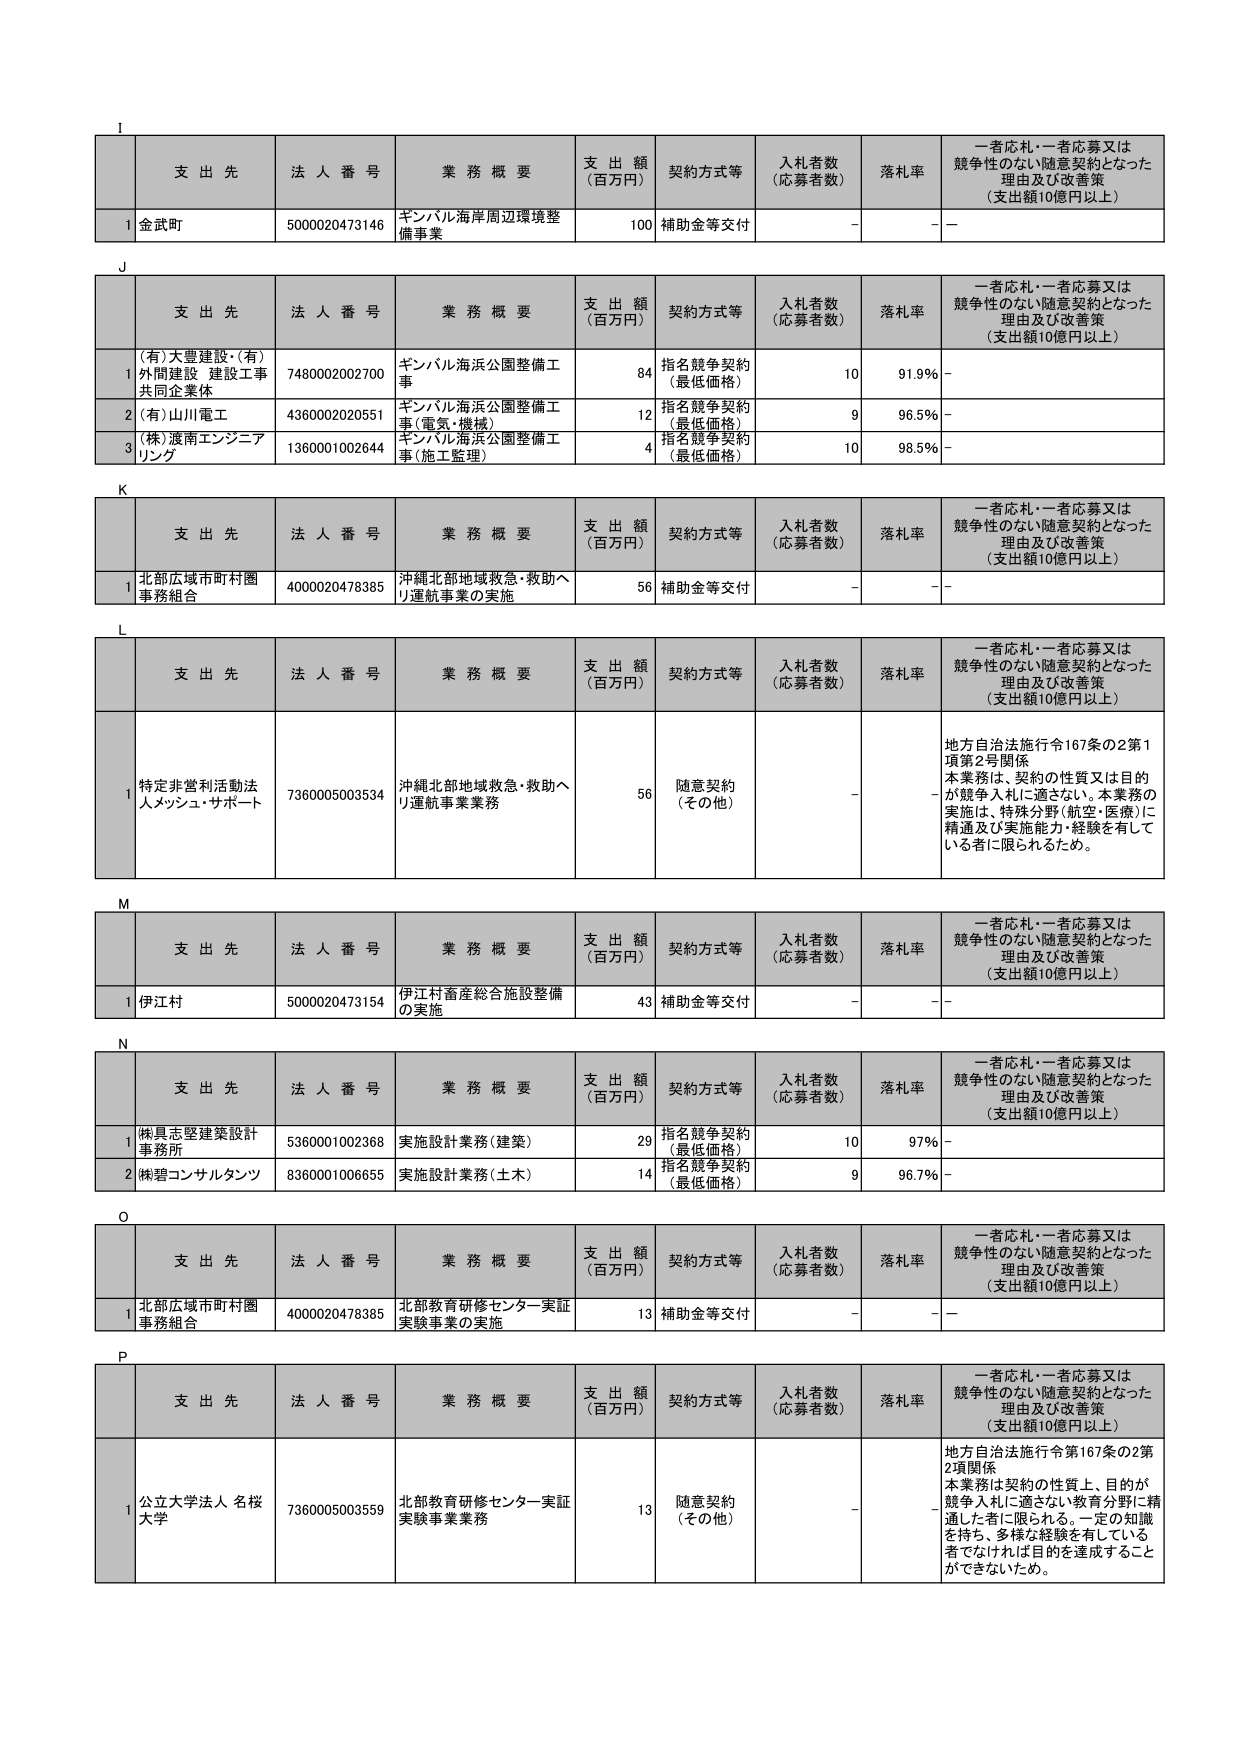
1
支 出 先
法 人 番 号
業 務 概 要
支 出 額
（百万円）
契約方式等
入札者数
（応募者数）
落札率
一者応札・一者応募又は
競争性のない随意契約となった
理由及び改善策
（支出額10億円以上）
1
金武町
5000020473146
ギンバル海岸周辺環境整
備事業
100
補助金等交付
－
－
J
支 出 先
法 人 番 号
業 務 概 要
支 出 額
（百万円）
契約方式等
入札者数
（応募者数）
落札率
一者応札・一者応募又は
競争性のない随意契約となった
理由及び改善策
（支出額10億円以上）
1
(有)大豊建設・(有)
外間建設 建設工事
共同企業体
7480002002700
ギンバル海浜公園整備工
事
84
指名競争契約
（最低価格）
10
91.9％
－
2
(有)山川電工
4360002020551
ギンバル海浜公園整備工
事（電気・機械）
12
指名競争契約
（最低価格）
9
96.5％
－
3
(株)渡南エンジニア
リング
1360001002644
ギンバル海浜公園整備工
事（施工監理）
4
指名競争契約
（最低価格）
10
98.5％
－
K
支 出 先
法 人 番 号
業 務 概 要
支 出 額
（百万円）
契約方式等
入札者数
（応募者数）
落札率
一者応札・一者応募又は
競争性のない随意契約となった
理由及び改善策
（支出額10億円以上）
1
北部広域市町村圏
事務組合
4000020478385
沖縄北部地域救急・救助へ
り運航事業の実施
56
補助金等交付
－
－
L
支 出 先
法 人 番 号
業 務 概 要
支 出 額
（百万円）
契約方式等
入札者数
（応募者数）
落札率
一者応札・一者応募又は
競争性のない随意契約となった
理由及び改善策
（支出額10億円以上）
1
特定非営利活動法
人メッシュ・サポート
7360005003534
沖縄北部地域救急・救助へ
り運航事業業務
56
随意契約
（その他）
－
－
地方自治法施行令167条の2第1
項第2号関係
本業務は、契約の性質又は目的
が競争入札に適さない、本業務の
実施は、特殊分野（航空・医療）に
精通及び実施能力・経験を有して
いる者に限られるため。
M
支 出 先
法 人 番 号
業 務 概 要
支 出 額
（百万円）
契約方式等
入札者数
（応募者数）
落札率
一者応札・一者応募又は
競争性のない随意契約となった
理由及び改善策
（支出額10億円以上）
1
伊江村
5000020473154
伊江村畜産総合施設整備
の実施
43
補助金等交付
－
－
N
支 出 先
法 人 番 号
業 務 概 要
支 出 額
（百万円）
契約方式等
入札者数
（応募者数）
落札率
一者応札・一者応募又は
競争性のない随意契約となった
理由及び改善策
（支出額10億円以上）
1
㈱具志堅建築設計
事務所
5360001002368
実施設計業務（建築）
29
指名競争契約
（最低価格）
10
97％
－
2
㈱碧コンサルタンツ
8360001006655
実施設計業務（土木）
14
指名競争契約
（最低価格）
9
96.7％
－
O
支 出 先
法 人 番 号
業 務 概 要
支 出 額
（百万円）
契約方式等
入札者数
（応募者数）
落札率
一者応札・一者応募又は
競争性のない随意契約となった
理由及び改善策
（支出額10億円以上）
1
北部広域市町村圏
事務組合
4000020478385
北部教育研修センター実証
実験事業の実施
13
補助金等交付
－
－
P
支 出 先
法 人 番 号
業 務 概 要
支 出 額
（百万円）
契約方式等
入札者数
（応募者数）
落札率
一者応札・一者応募又は
競争性のない随意契約となった
理由及び改善策
（支出額10億円以上）
1
公立大学法人 名桜
大学
7360005003559
北部教育研修センター実証
実験事業業務
13
随意契約
（その他）
－
－
地方自治法施行令第167条の2第
2項関係
本業務は契約の性質上、目的が
競争入札に適さない教育分野に精
通した者に限られる。一定の知識
を持ち、多様な経験を有している
者でなければ目的を達成すること
ができないため。